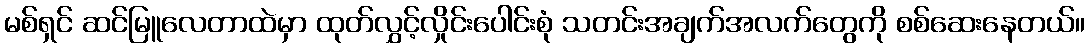
မစ်ရှင် ဆင်မြူလေတာထဲမှာ ထုတ်လွှင့်လှိုင်းပေါင်းစုံ သတင်းအချက်အလက်တွေကို စစ်ဆေးနေတယ်။